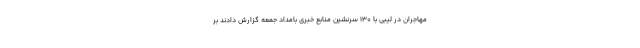
مهاجران در لیبی با ۱۳۰ سرنشین منابع خبری بامداد جمعه گزارش دادند بر